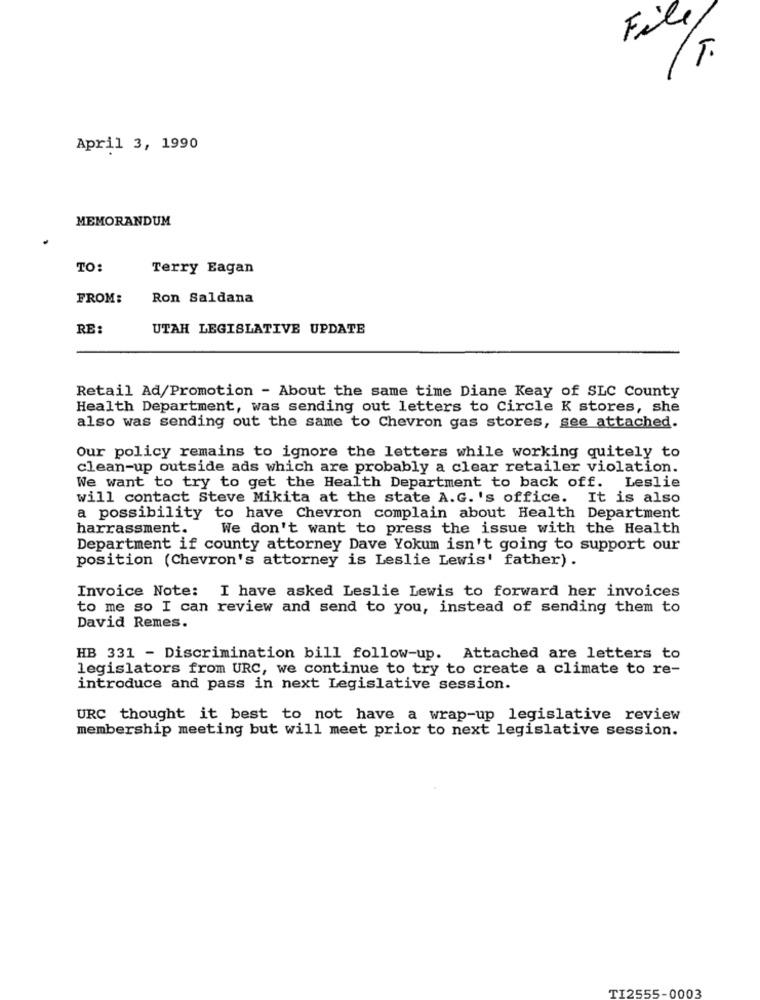
File
T.
April 3, 1990
MEMORANDUM
TO:
Terry Eagan
FROM:
Ron Saldana
RE:
UTAH LEGISLATIVE UPDATE
Retail Ad/Promotion - About the same time Diane Keay of SLC County
Health Department, was sending out letters to Circle K stores, she
also was sending out the same to Chevron gas stores, see attached.
Our policy remains to ignore the letters while working quitely to
clean-up outside ads which are probably a clear retailer violation.
We want to try to get the Health Department to back off. Leslie
will contact Steve Mikita at the state A.G. 's office. It is also
a possibility to have Chevron complain about Health Department
harrassment.
We don't want to press the issue with the Health
Department if county attorney Dave Yokum isn't going to support our
position (Chevron's attorney is Leslie Lewis' father) .
Invoice Note: I have asked Leslie Lewis to forward her invoices
to me so I can review and send to you, instead of sending them to
David Remes.
HB 331 - Discrimination bill follow-up. Attached are letters to
legislators from URC, we continue to try to create a climate to re-
introduce and pass in next Legislative session.
URC thought it best to not have a wrap-up legislative review
membership meeting but will meet prior to next legislative session.
TI2555-0003